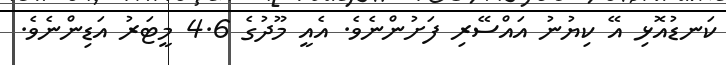
ކަނޑުއޮޅި އޭ ކިޔުނު އައްސޭރި ފަށުންނެވެ. އެއީ މޫދުގެ 4.6 މީޓަރު އަޑިންނެވެ.